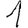
Digit: 1